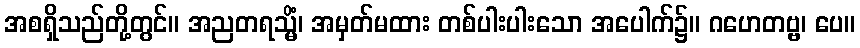
အစရှိသည်တို့တွင်။ အညတရသ္မိံ၊ အမှတ်မထား တစ်ပါးပါးသော အပေါက်၌။ ဂဟေတဗ္ဗ၊ ပေ။